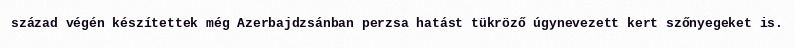
század végén készítettek még Azerbajdzsánban perzsa hatást tükröző úgynevezett kert szőnyegeket is.